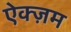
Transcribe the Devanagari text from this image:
ऐक्ज़म